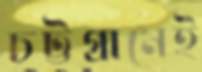
চট্টগ্রামেই